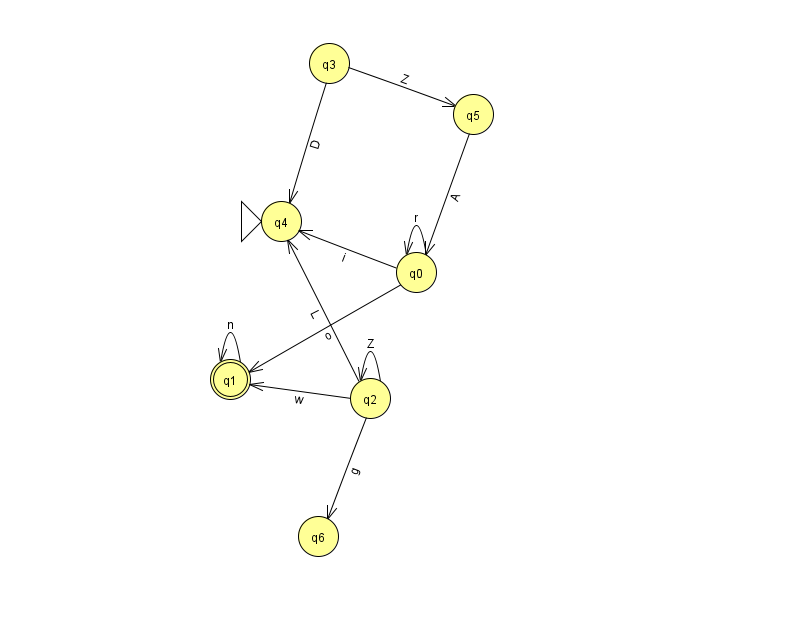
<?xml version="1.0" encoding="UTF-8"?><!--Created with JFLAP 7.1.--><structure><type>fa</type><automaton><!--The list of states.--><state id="0" name="q0"><x>416.0</x><y>259.0</y></state><state id="1" name="q1"><x>230.0</x><y>366.0</y><final/></state><state id="2" name="q2"><x>370.0</x><y>385.0</y></state><state id="3" name="q3"><x>329.0</x><y>50.0</y></state><state id="4" name="q4"><x>281.0</x><y>208.0</y><initial/></state><state id="5" name="q5"><x>473.0</x><y>101.0</y></state><state id="6" name="q6"><x>318.0</x><y>523.0</y></state><!--The list of transitions.--><transition><from>3</from><to>5</to><read>Z</read></transition><transition><from>0</from><to>0</to><read>r</read></transition><transition><from>0</from><to>1</to><read>o</read></transition><transition><from>3</from><to>4</to><read>D</read></transition><transition><from>0</from><to>4</to><read>i</read></transition><transition><from>2</from><to>1</to><read>w</read></transition><transition><from>2</from><to>4</to><read>L</read></transition><transition><from>5</from><to>0</to><read>A</read></transition><transition><from>2</from><to>2</to><read>Z</read></transition><transition><from>2</from><to>6</to><read>g</read></transition><transition><from>1</from><to>1</to><read>n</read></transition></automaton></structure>